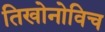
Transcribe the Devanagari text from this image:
तिखोनोविच